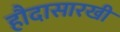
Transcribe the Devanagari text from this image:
हौदासारखी